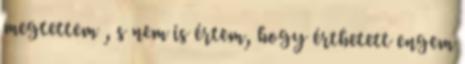
megtettem , s nem is értem, hogy érthetett engem